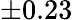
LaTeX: \pm 0.23